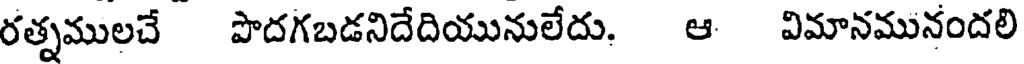
రత్నములచే పొదగబడనిదేదియునులేదు. ఆ విమానమునందలి